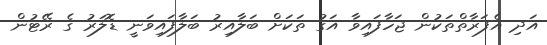
އަދި އެފަރާތްތަކުން ޖަހާފައިވާ އަގު ތަކަށް ބަލާއިރު ބަލާފައިވަނީ ޑޮލަރު ގެ ރޭޓުން